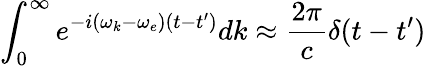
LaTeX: \int_{0}^{\infty}e^{-i(\omega_{k}-\omega_{e})(t-t^{\prime})}dk\approx\frac{2\pi}{c}\delta(t-t^{\prime})